Scottish Leaving Certificate Examination, 1952
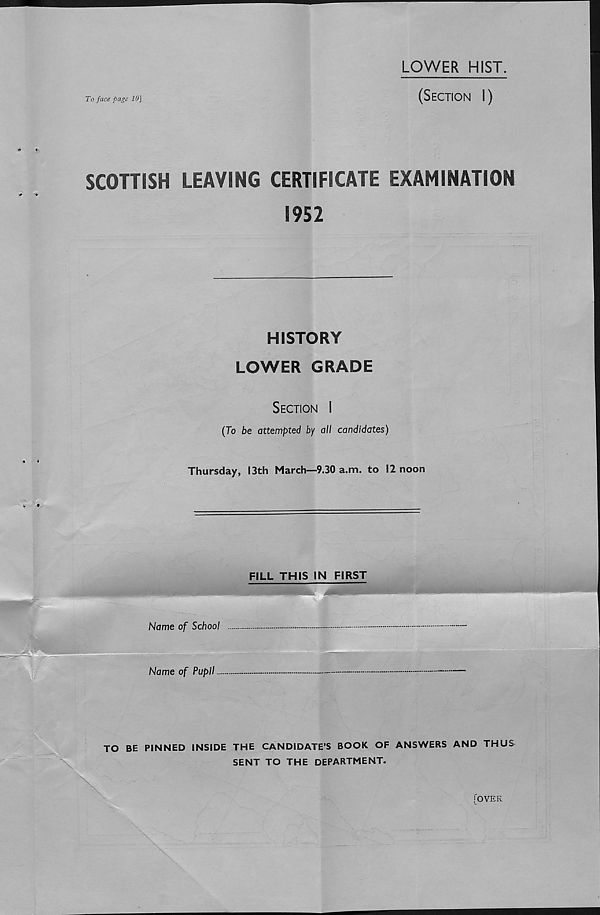
4
(8) Francisco Pizarro (
century
)
(9) The Bill of Rights (
century
)...
(10) Saladin (
century
)
(11) The Battle of Salamis (
century
)
)
(12) Sir Christopher Wren (
century